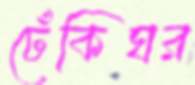
ঢেঁকিঘর